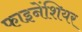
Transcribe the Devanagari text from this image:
फाइनेंशियर